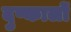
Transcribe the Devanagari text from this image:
दुष्कालों